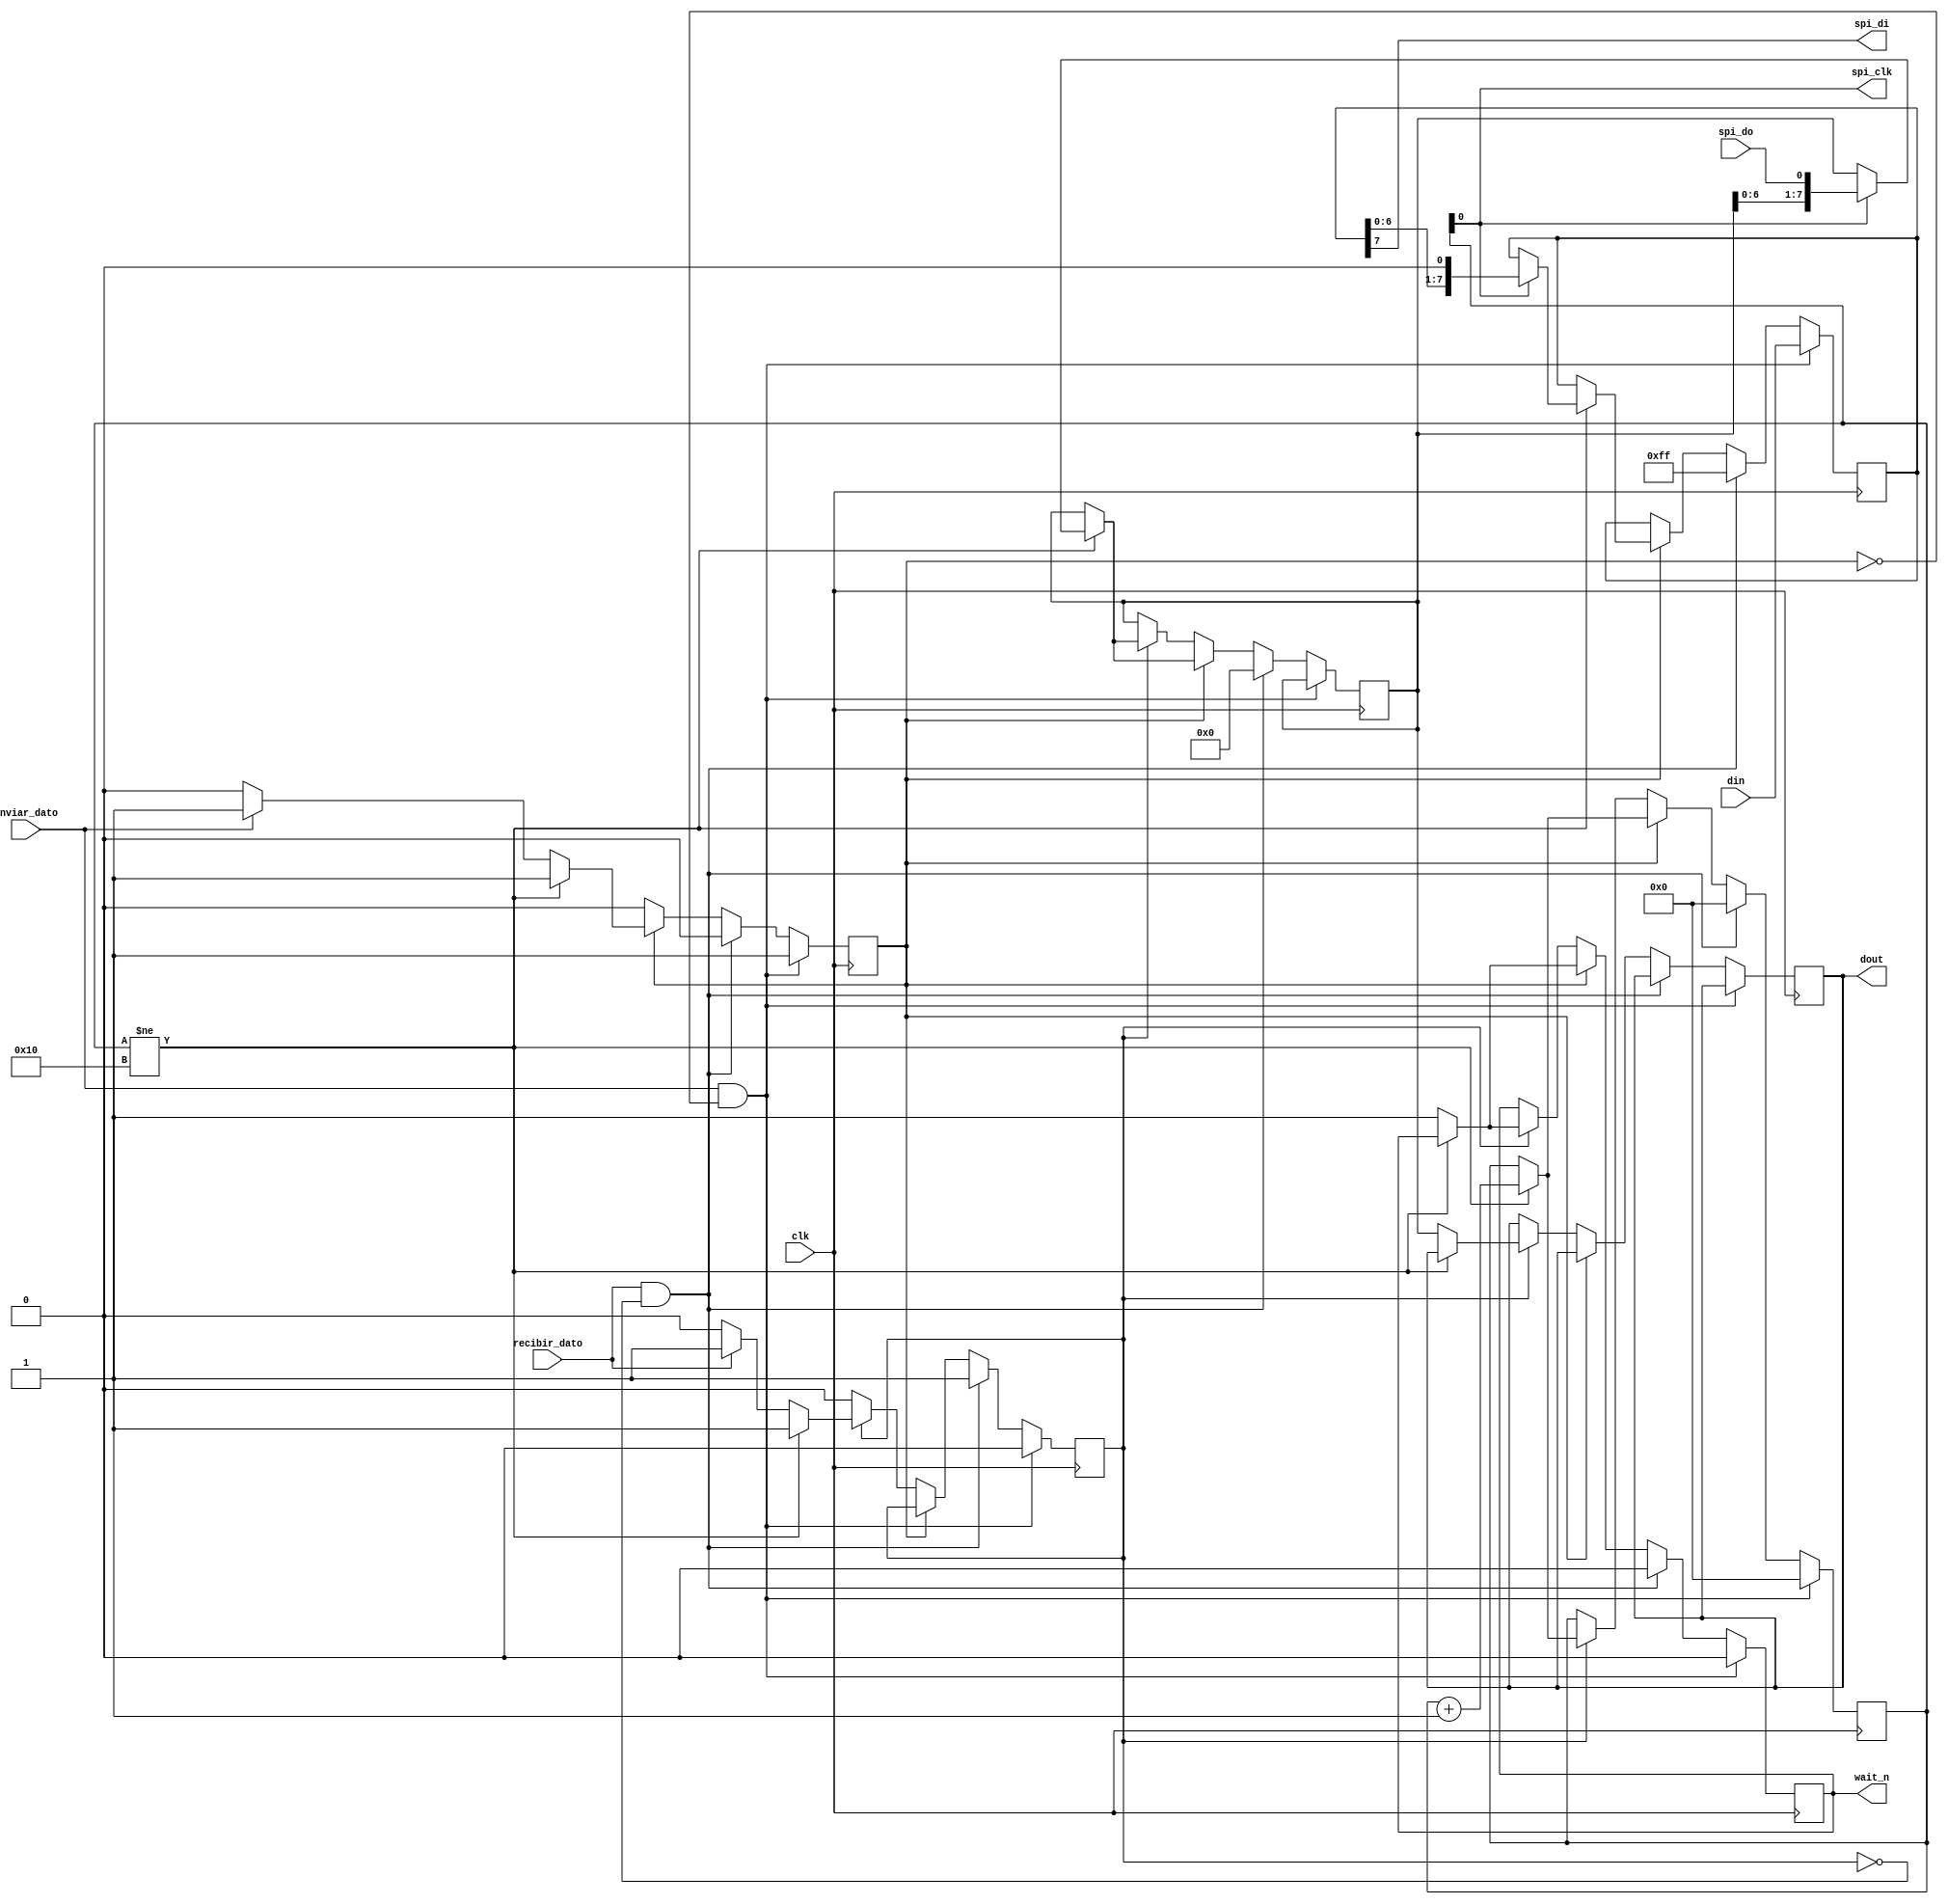
`timescale 1ns / 1ps
`default_nettype none
//////////////////////////////////////////////////////////////////////////////////
// Company: 
// Engineer: 
// 
// Design Name: 
// Module Name:    spi 
// Project Name: 
// Target Devices: 
// Tool versions: 
// Description: 
//
// Dependencies: 
//
// Revision: 
// Revision 0.01 - File Created
// Additional Comments: 
//
//////////////////////////////////////////////////////////////////////////////////

module spi (
   input wire clk,         // 7MHz
   input wire enviar_dato, // a 1 para indicar que queremos enviar un dato por SPI
   input wire recibir_dato,// a 1 para indicar que queremos recibir un dato
   input wire [7:0] din,   // del bus de datos de salida de la CPU
   output reg [7:0] dout,  // al bus de datos de entrada de la CPU
   output reg wait_n,
   
   output wire spi_clk,    // Interface SPI
   output wire spi_di,     //
   input wire spi_do       //
   );

   // Modulo SPI.
   reg ciclo_lectura = 1'b0;       // ciclo de lectura en curso
   reg ciclo_escritura = 1'b0;     // ciclo de escritura en curso
   reg [4:0] contador = 5'b00000;  // contador del FSM (ciclos)
   reg [7:0] data_to_spi;          // dato a enviar a la spi por DI
   reg [7:0] data_from_spi;        // dato a recibir desde la spi
   
   assign spi_clk = contador[0];   // spi_CLK es la mitad que el reloj del mdulo
   assign spi_di = data_to_spi[7]; // la transmisin es del bit 7 al 0
   
   initial wait_n = 1'b1;
   initial dout = 8'hFF;
   
   always @(posedge clk) begin
      if (enviar_dato && !ciclo_escritura) begin  // si ha sido sealizado, iniciar ciclo de escritura
         ciclo_escritura <= 1'b1;
         ciclo_lectura <= 1'b0;
         contador <= 5'b00000;
         data_to_spi <= din;
         wait_n <= 1'b0;         
      end
      else if (recibir_dato && !ciclo_lectura) begin // si no, si mirar si hay que iniciar ciclo de lectura
         ciclo_lectura <= 1'b1;
         ciclo_escritura <= 1'b0;
         contador <= 5'b00000;
         data_from_spi <= 8'h00;
         data_to_spi <= 8'hFF;  // mientras leemos, MOSI debe estar a nivel alto!       
         wait_n <= 1'b0;         
      end
      
      // FSM para enviar un dato a la spi
      else if (ciclo_escritura==1'b1) begin
         if (contador!=5'b10000) begin
            if (spi_clk==1'b1) begin
               data_to_spi <= {data_to_spi[6:0],1'b0};
               data_from_spi <= {data_from_spi[6:0],spi_do};
            end
            contador <= contador + 1;
         end
         else begin
            wait_n <= 1'b1;            
            if (!enviar_dato)
               ciclo_escritura <= 1'b0;
         end
      end
      
      // FSM para leer un dato de la spi
      else if (ciclo_lectura==1'b1) begin
         if (contador!=5'b10000) begin
            if (spi_clk==1'b1)
               data_from_spi <= {data_from_spi[6:0],spi_do};
            contador <= contador + 1;
         end
         else begin
            wait_n <= 1'b1;            
            dout <= data_from_spi;
            if (!recibir_dato)
               ciclo_lectura <= 1'b0;
         end
      end
   end
endmodule